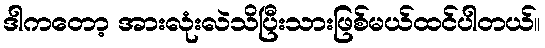
ဒါကတော့ အားလုံးလဲသိပြီးသားဖြစ်မယ်ထင်ပါတယ်။